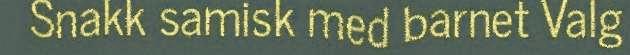
Snakk samisk med barnet Valg